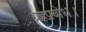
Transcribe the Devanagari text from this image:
ग्रहप्रबोध।